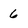
Character: 6